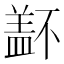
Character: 𰥁